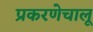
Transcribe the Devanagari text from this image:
प्रकरणेचालू